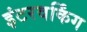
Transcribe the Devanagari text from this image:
इंटरवर्किंग